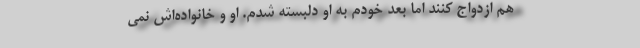
هم ازدواج کنند اما بعد خودم به او دلبسته شدم. او و خانواده‌اش نمی